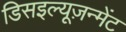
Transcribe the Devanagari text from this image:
डिसइल्यूज़न्मेंट